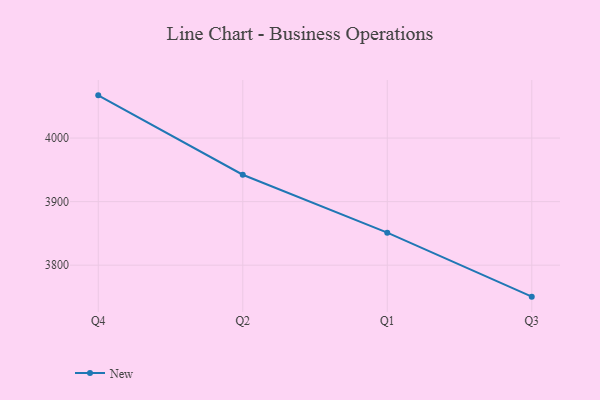
{"axis": {"x": "Quarter", "y": "Latency (ms)"}, "legend": ["New"], "data": [{"x": "Q4", "y": 4067.2, "type": "New"}, {"x": "Q2", "y": 3942.3, "type": "New"}, {"x": "Q1", "y": 3851.2, "type": "New"}, {"x": "Q3", "y": 3750.5, "type": "New"}]}